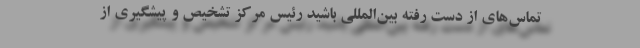
تماس‌های از دست رفته بین‌المللی باشید رئیس مرکز تشخیص ‌و پیشگیری از